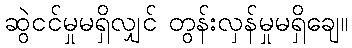
ဆွဲငင်မှုမရှိလျှင် တွန်းလှန်မှုမရှိချေ။